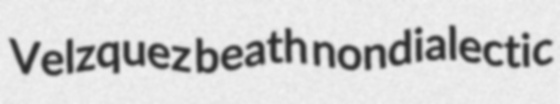
Velzquez beath nondialectic